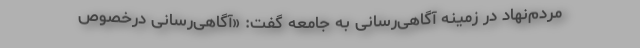
مردم‌نهاد در زمینه آگاهی‌رسانی به جامعه گفت: «آگاهی‌رسانی درخصوص